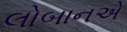
લોબાનએ